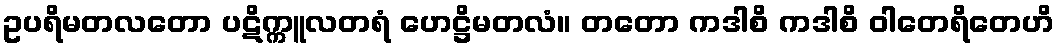
ဥပရိမတလတော ပဋိက္ကူလတရံ ဟေဋ္ဌိမတလံ။ တတော ကဒါစိ ကဒါစိ ဝါတေရိတေဟိ